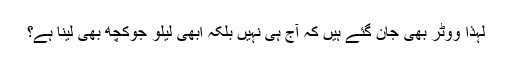
لہذا ووٹر بھی جان گئے ہیں کہ آج ہی نہیں بلکہ ابھی لیلو جوکچھ بھی لینا ہے؟